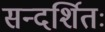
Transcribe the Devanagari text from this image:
सन्दर्शितः